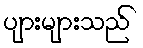
ပျားများသည်